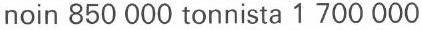
noin 850 000 tonnista 1 700 000